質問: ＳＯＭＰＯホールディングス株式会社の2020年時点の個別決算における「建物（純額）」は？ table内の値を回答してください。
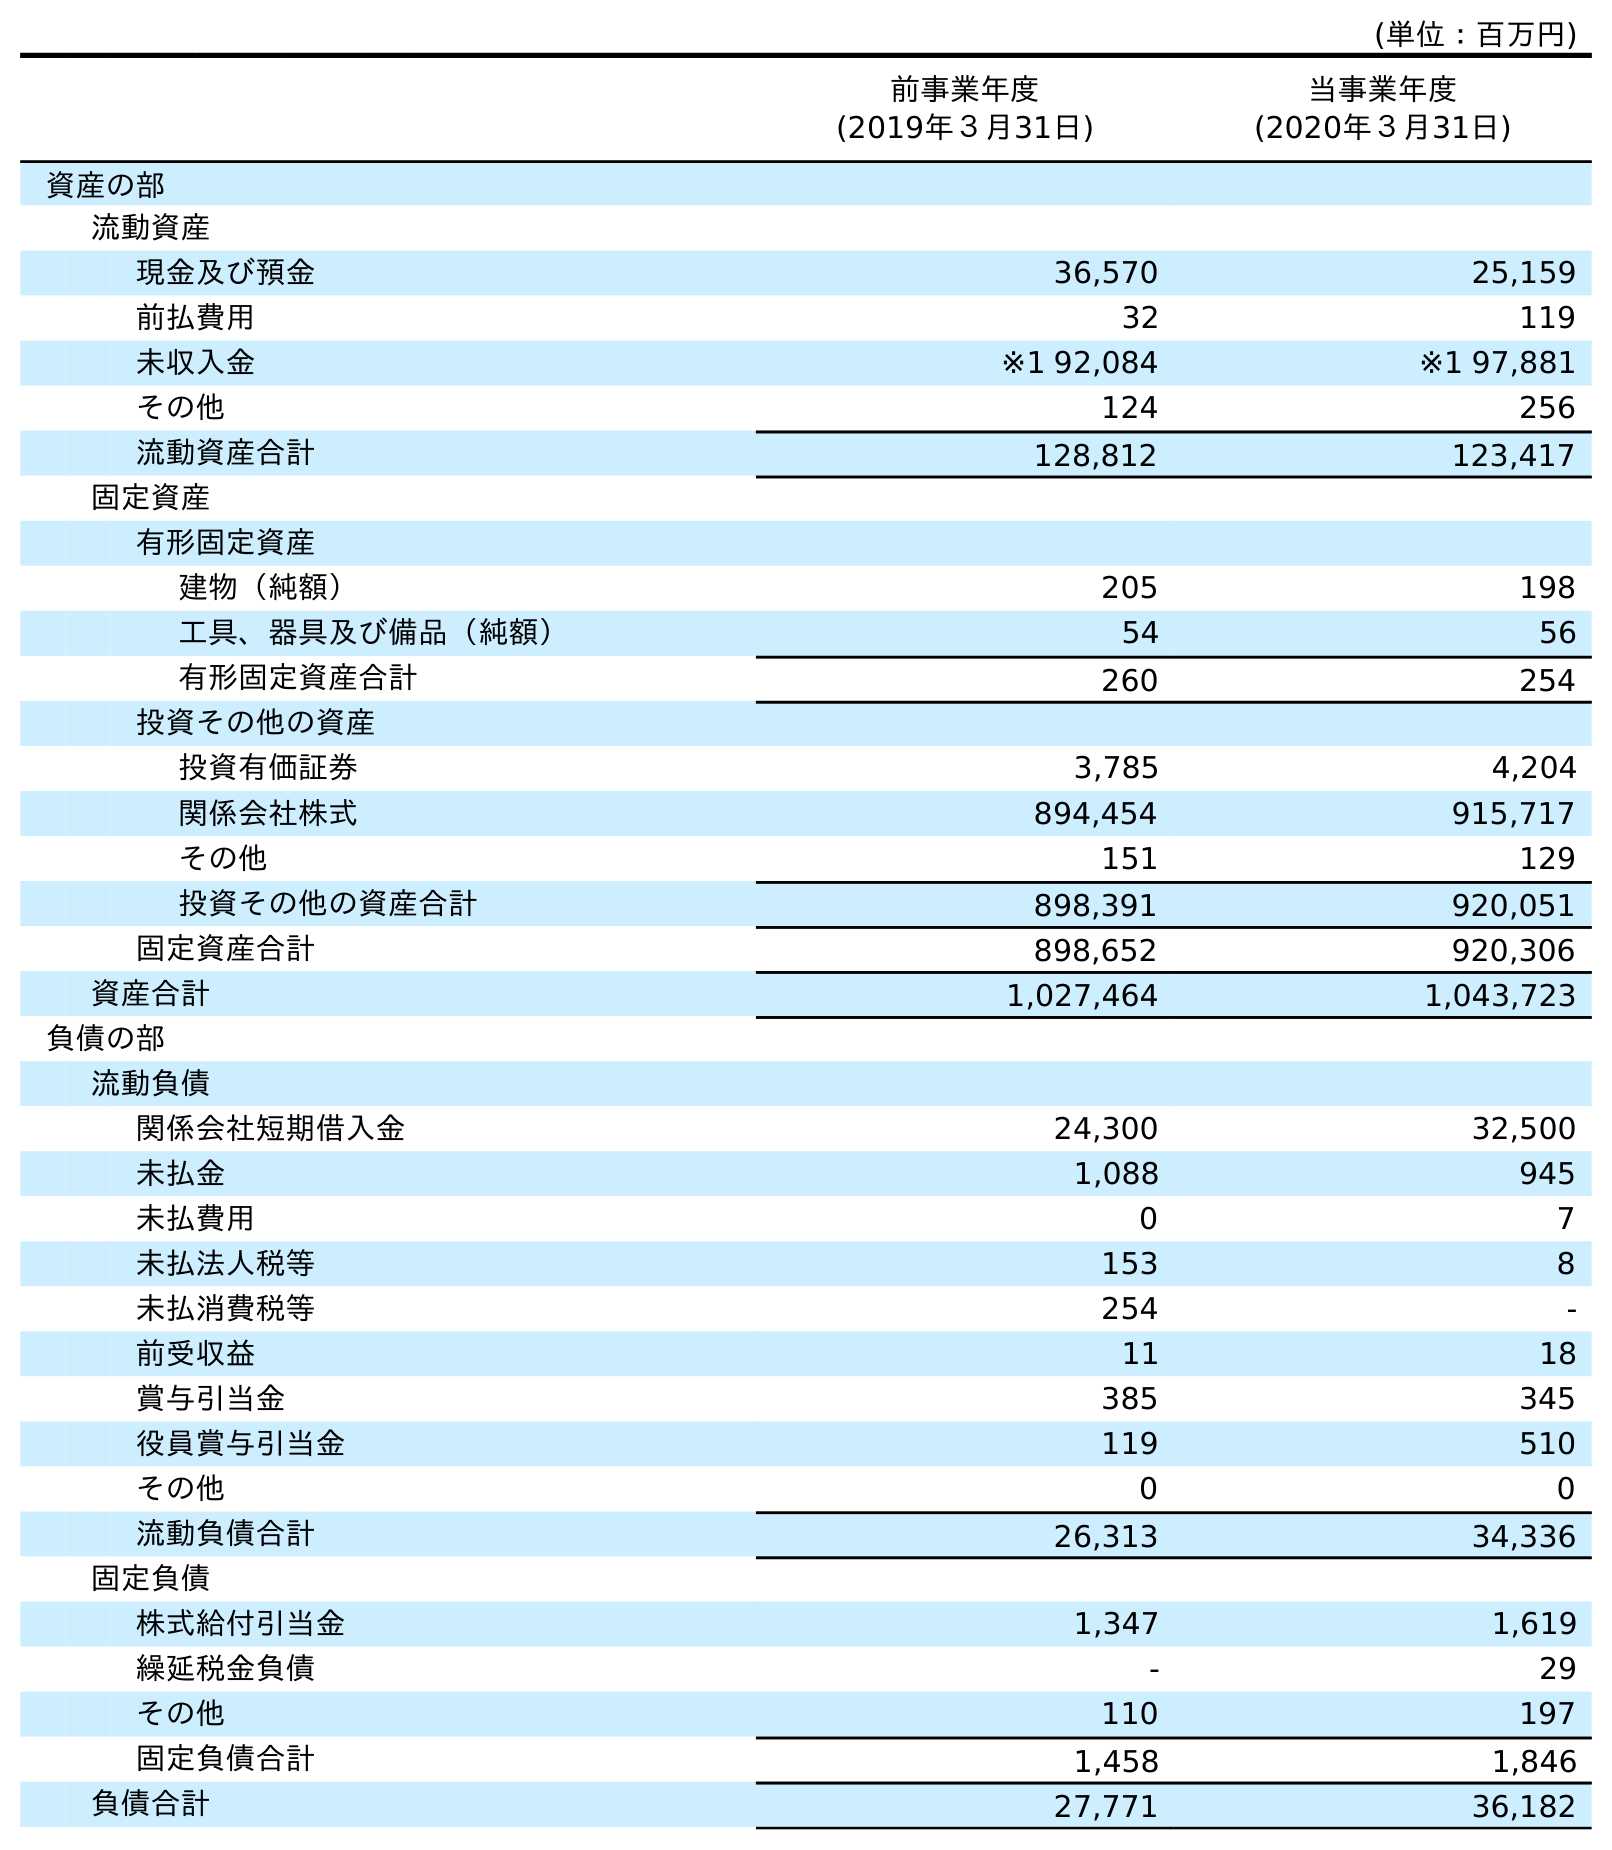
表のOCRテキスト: (単位：百万円) 前事業年度 (2019年３月31日) 当事業年度 (2020年３月31日) 資産の部 流動資産 現金及び預金 36,570 25,159 前払費用 32 119 未収入金 ※1 92,084 ※1 97,881 その他 124 256 流動資産合計 128,812 123,417 固定資産 有形固定資産 建物（純額） 205 198 工具、器具及び備品（純額） 54 56 有形固定資産合計 260 254 投資その他の資産 投資有価証券 3,785 4,204 関係会社株式 894,454 915,717 その他 151 129 投資その他の資産合計 898,391 920,051 固定資産合計 898,652 920,306 資産合計 1,027,464 1,043,723 負債の部 流動負債 関係会社短期借入金 24,300 32,500 未払金 1,088 945 未払費用 0 7 未払法人税等 153 8 未払消費税等 254 - 前受収益 11 18 賞与引当金 385 345 役員賞与引当金 119 510 その他 0 0 流動負債合計 26,313 34,336 固定負債 株式給付引当金 1,347 1,619 繰延税金負債 - 29 その他 110 197 固定負債合計 1,458 1,846 負債合計 27,771 36,182
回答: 198